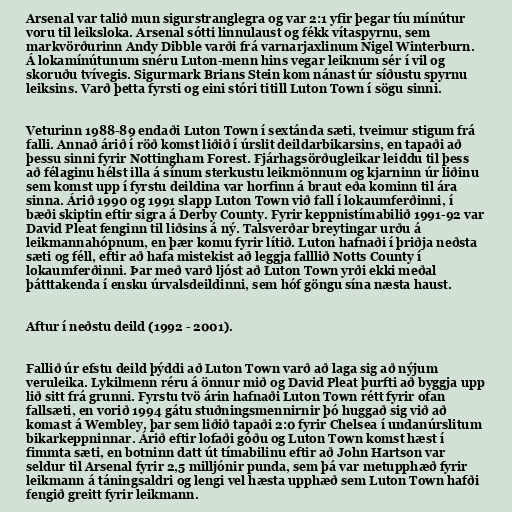
Arsenal var talið mun sigurstranglegra og var 2:1 yfir þegar tíu mínútur
voru til leiksloka. Arsenal sótti linnulaust og fékk vítaspyrnu, sem
markvörðurinn Andy Dibble varði frá varnarjaxlinum Nigel Winterburn.
Á lokamínútunum snéru Luton-menn hins vegar leiknum sér í vil og
skoruðu tvívegis. Sigurmark Brians Stein kom nánast úr síðustu spyrnu
leiksins. Varð þetta fyrsti og eini stóri titill Luton Town í sögu sinni.

Veturinn 1988-89 endaði Luton Town í sextánda sæti, tveimur stigum frá
falli. Annað árið í röð komst liðið í úrslit deildarbikarsins, en tapaði að
þessu sinni fyrir Nottingham Forest. Fjárhagsörðugleikar leiddu til þess
að félaginu hélst illa á sínum sterkustu leikmönnum og kjarninn úr liðinu
sem komst upp í fyrstu deildina var horfinn á braut eða kominn til ára
sinna. Árið 1990 og 1991 slapp Luton Town við fall í lokaumferðinni, í
bæði skiptin eftir sigra á Derby County. Fyrir keppnistímabilið 1991-92 var
David Pleat fenginn til liðsins á ný. Talsverðar breytingar urðu á
leikmannahópnum, en þær komu fyrir lítið. Luton hafnaði í þriðja neðsta
sæti og féll, eftir að hafa mistekist að leggja falllið Notts County í
lokaumferðinni. Þar með varð ljóst að Luton Town yrði ekki meðal
þátttakenda í ensku úrvalsdeildinni, sem hóf göngu sína næsta haust.

Aftur í neðstu deild (1992 - 2001).

Fallið úr efstu deild þýddi að Luton Town varð að laga sig að nýjum
veruleika. Lykilmenn réru á önnur mið og David Pleat þurfti að byggja upp
lið sitt frá grunni. Fyrstu tvö árin hafnaði Luton Town rétt fyrir ofan
fallsæti, en vorið 1994 gátu stuðningsmennirnir þó huggað sig við að
komast á Wembley, þar sem liðið tapaði 2:0 fyrir Chelsea í undanúrslitum
bikarkeppninnar. Árið eftir lofaði góðu og Luton Town komst hæst í
fimmta sæti, en botninn datt út tímabilinu eftir að John Hartson var
seldur til Arsenal fyrir 2,5 milljónir punda, sem þá var metupphæð fyrir
leikmann á táningsaldri og lengi vel hæsta upphæð sem Luton Town hafði
fengið greitt fyrir leikmann.